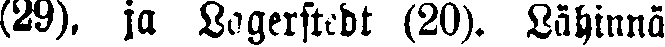
(29), ja Lagerstedt (20). Lähinnä